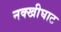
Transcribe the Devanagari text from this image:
नक्खीघाट